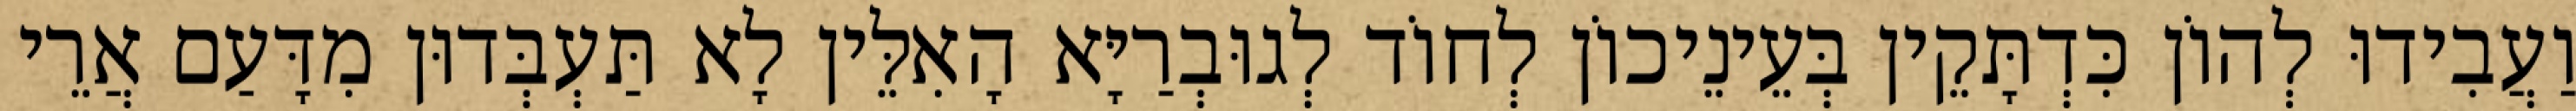
וַעֲבִידוּ לְהוֹן כִּדְתָּקֵין בְּעֵינֵיכוֹן לְחוֹד לְגוּבְרַיָּא הָאִלֵּין לָא תַּעְבְּדוּן מִדָּעַם אֲרֵי